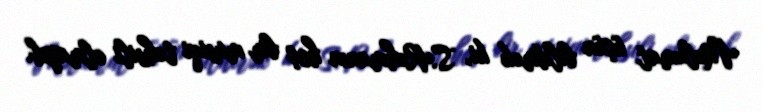
Məlumat üçün bildirək ki, S.Rəhmanın heç bir musiqi təhsili olmayıb.